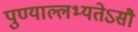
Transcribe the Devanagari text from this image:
पुण्याल्लभ्यतेऽसौ